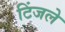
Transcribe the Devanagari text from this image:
टिंजले